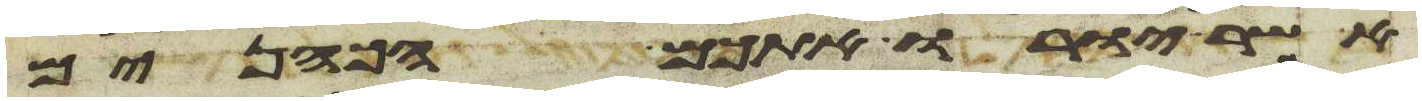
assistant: אשר יורו אתכם הכהנים